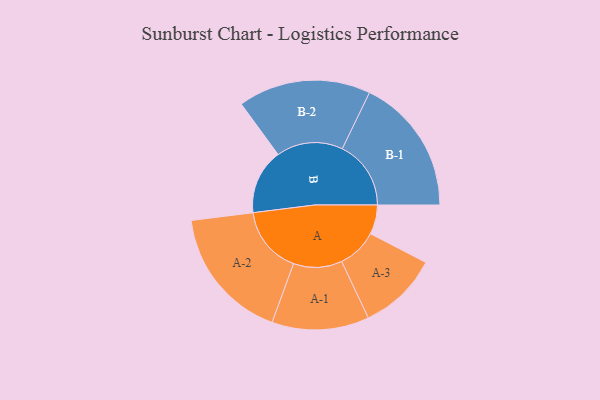
{"axis": {"x": "Segment", "y": "Value"}, "legend": ["", "A", "B"], "data": [{"x": "A", "y": 102, "type": ""}, {"x": "B", "y": 227, "type": ""}, {"x": "A-1", "y": 169, "type": "A"}, {"x": "A-2", "y": 234, "type": "A"}, {"x": "A-3", "y": 139, "type": "A"}, {"x": "B-1", "y": 239, "type": "B"}, {"x": "B-2", "y": 231, "type": "B"}]}